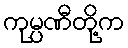
ကုမ္ပဏီတို့က